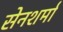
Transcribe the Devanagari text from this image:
सेनशर्मा